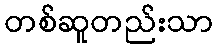
တစ်ဆူတည်းသာ